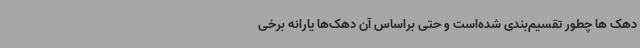
دهک ها چطور تقسیم‌بندی شده‌است و حتی براساس آن دهک‌ها یارانه برخی